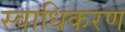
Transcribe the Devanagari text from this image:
स्वाधिकरण